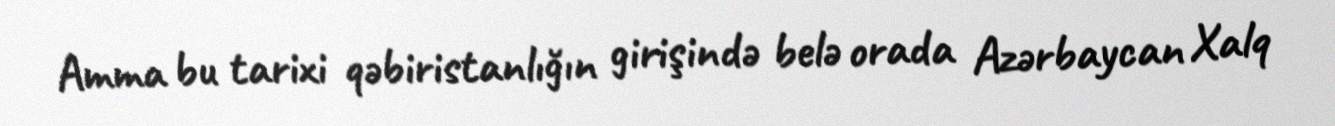
Amma bu tarixi qəbiristanlığın girişində belə orada Azərbaycan Xalq